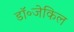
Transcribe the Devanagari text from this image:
डॉ॰जेकिल